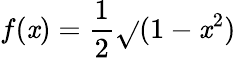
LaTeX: f(\mathit{x})={\frac{{1}}{{2}}}{\sqrt{}{{(1-\mathit{x}^{2})}}}